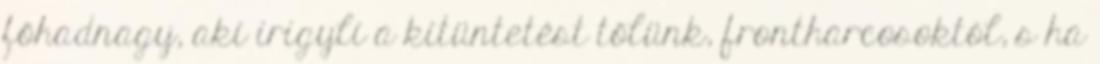
főhadnagy, aki irigyli a kitüntetést tőlünk, frontharcosoktól, s ha